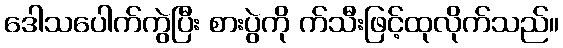
ဒေါသပေါက်ကွဲပြီး စားပွဲကို က်သီးဖြင့်ထုလိုက်သည်။